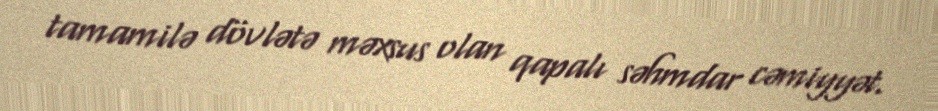
tamamilə dövlətə məxsus olan qapalı səhmdar cəmiyyət.